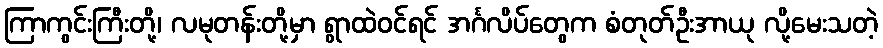
ကြာကွင်းကြီးတို့၊ လမုတန်းတို့မှာ ရွာထဲဝင်ရင် အင်္ဂလိပ်တွေက စံတုတ်ဦးအာယု လို့မေးသတဲ့